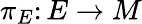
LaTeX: \pi_{E}\colon E\to M